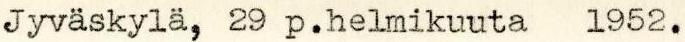
Jyväskylä, 29 p.helmikuuta 1952.